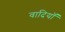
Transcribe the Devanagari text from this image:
वादियॉ